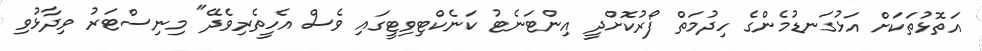
އަތޮޅުތަކަށް އަޅުގަނޑުމެންގެ ހިދުމަތް ފޯރުކޮށްދީ އިންޓަނެޓު ކަނެކްޓިވިޓީގައި ވެސް އެހީތެރިވެދޭ" މިނިސްޓަރު ވިދާޅުވި